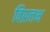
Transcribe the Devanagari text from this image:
विप्रलभ